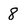
Character: 8